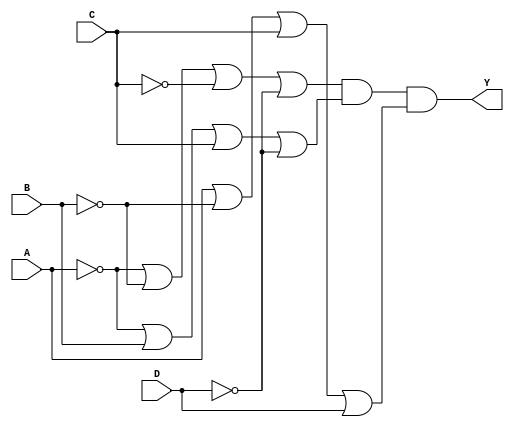
module pos_logic (
    input wire A,
    input wire B,
    input wire C,
    input wire D,
    output wire Y
);

// Intermediate sum terms
wire sum_term1;
wire sum_term2;
wire sum_term3;

// Sum term 1: A' + B' + C' + D'
assign sum_term1 = ~A | ~B | ~C | ~D;

// Sum term 2: A' + B + C + D'
assign sum_term2 = ~A | B | C | ~D;

// Sum term 3: A + B' + C + D
assign sum_term3 = A | ~B | C | D;

// Final output Y: Product of the sum terms
assign Y = sum_term1 & sum_term2 & sum_term3;

endmodule